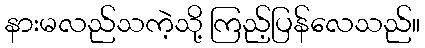
နားမလည်သကဲ့သို့ ကြည့်ပြန်လေသည်။